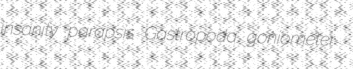
insanity parapsis Gastropoda goniometer